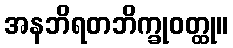
အနဘိရတဘိက္ခုဝတ္ထု။